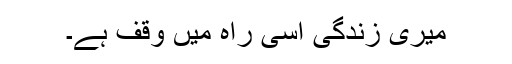
میری زندگی اسی راہ میں وقف ہے۔